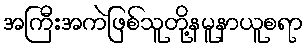
အကြီးအကဲဖြစ်သူတို့နမူနာယူစရာ